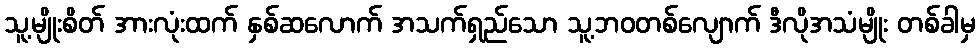
သူ့မျိုးစိတ် အားလုံးထက် နှစ်ဆလောက် အသက်ရှည်သော သူ့ဘဝတစ်လျောက် ဒီလိုအသံမျိုး တစ်ခါမှ